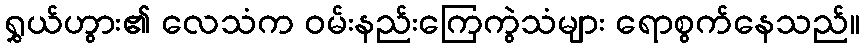
ရွှယ်ဟွား၏ လေသံက ဝမ်းနည်းကြေကွဲသံများ ရောစွက်နေသည်။